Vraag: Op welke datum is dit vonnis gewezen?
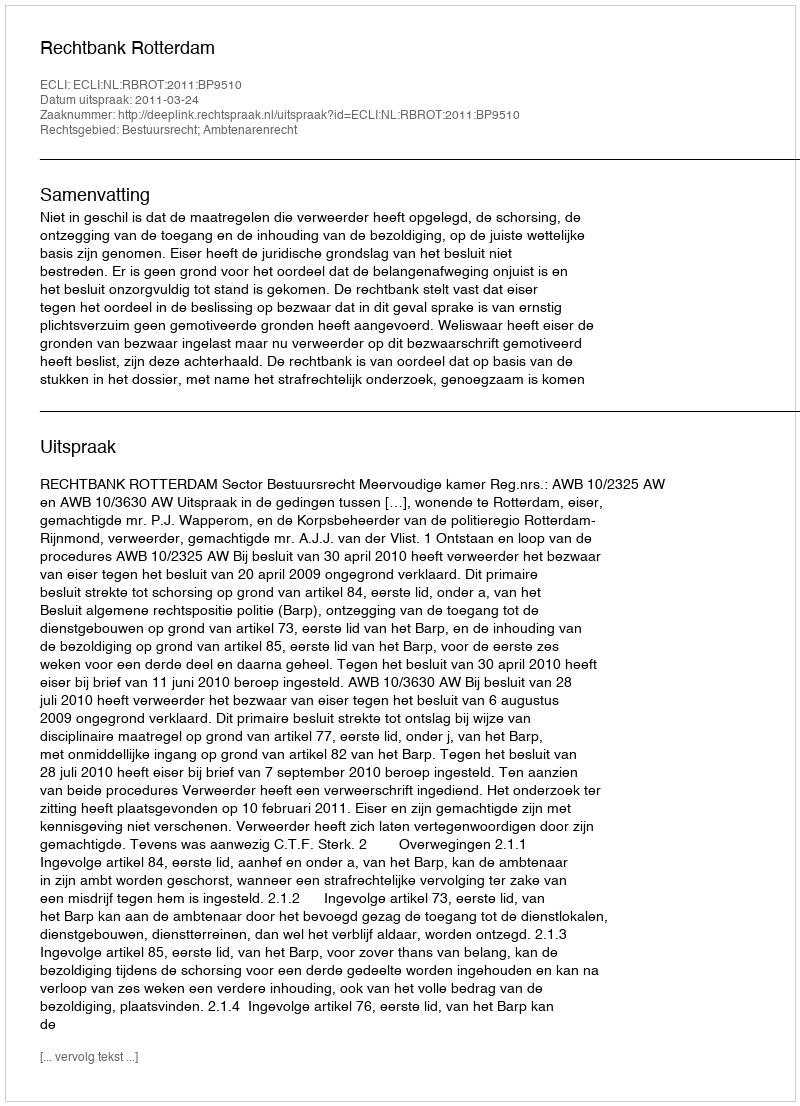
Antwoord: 2011-03-24